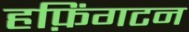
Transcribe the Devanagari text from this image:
हफ़िंगटन